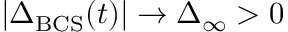
| \Delta _ { \mathrm { B C S } } ( t ) | \rightarrow \Delta _ { \infty } > 0